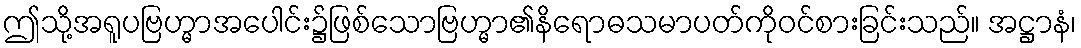
ဤသို့အရူပဗြဟ္မာအပေါင်း၌ဖြစ်သောဗြဟ္မာ၏နိရောဓသမာပတ်ကိုဝင်စားခြင်းသည်။ အဋ္ဌာနံ၊